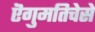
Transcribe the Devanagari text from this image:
ऎगुमतिचेसे